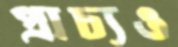
প্রাচ্যও